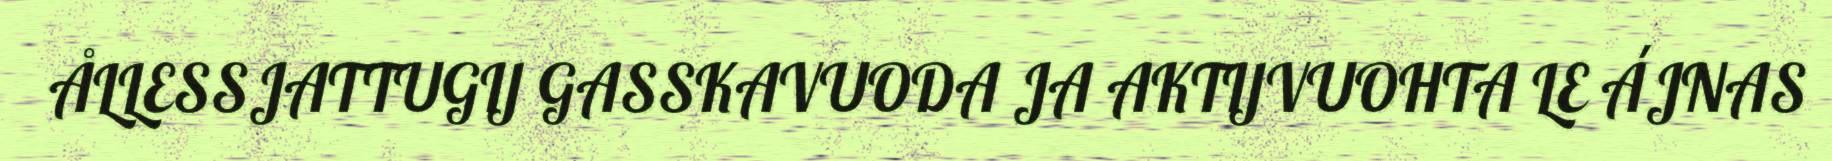
ÅLLESSJATTUGIJ GASSKAVUODA JA AKTIJVUOHTA LE ÁJNAS